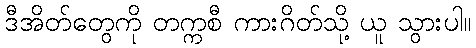
ဒီအိတ်တွေကို တက္ကစီ ကားဂိတ်သို့ ယူ သွားပါ။